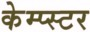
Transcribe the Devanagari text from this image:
केम्प्स्टर